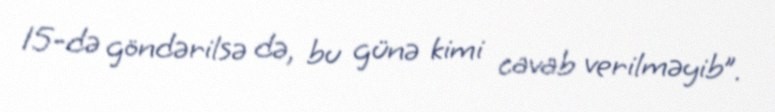
15-də göndərilsə də, bu günə kimi cavab verilməyib”.